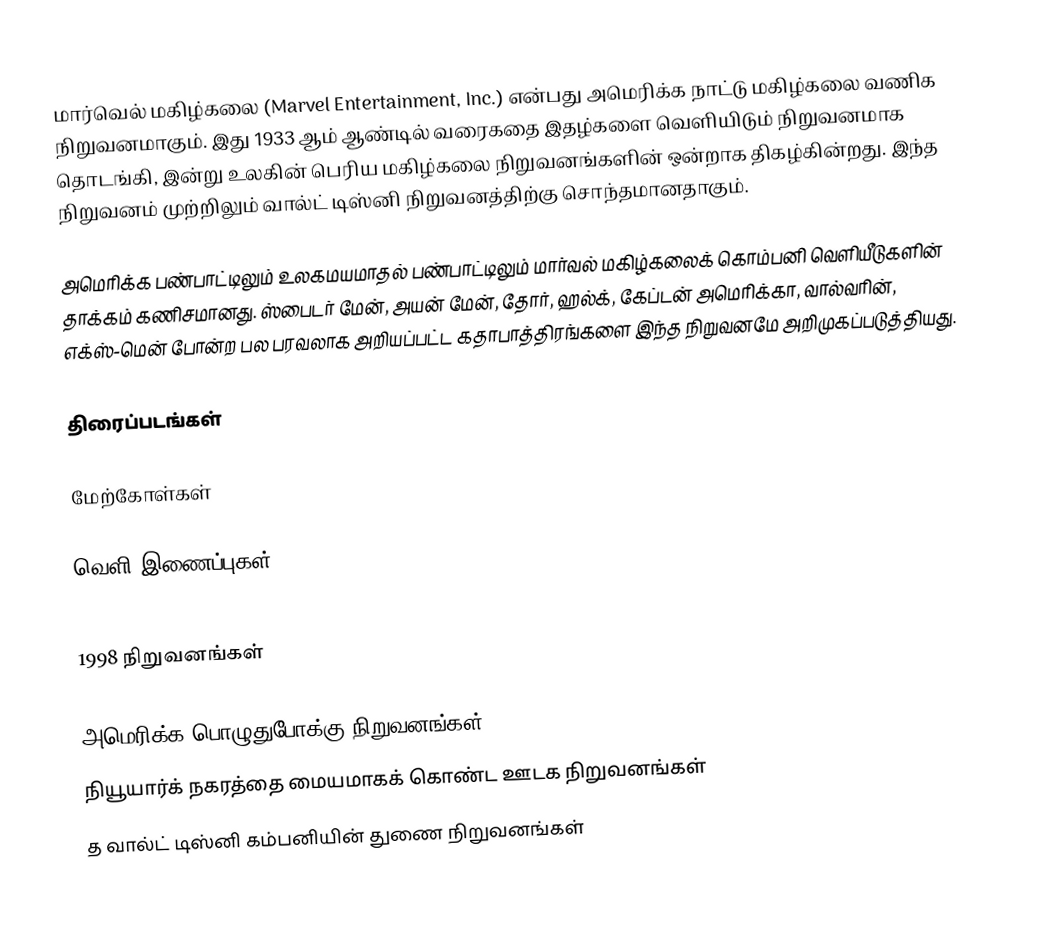
மார்வெல் மகிழ்கலை (Marvel Entertainment, Inc.) என்பது அமெரிக்க நாட்டு மகிழ்கலை வணிக நிறுவனமாகும். இது 1933 ஆம் ஆண்டில் வரைகதை இதழ்களை வெளியிடும் நிறுவனமாக தொடங்கி, இன்று உலகின் பெரிய மகிழ்கலை நிறுவனங்களின் ஒன்றாக திகழ்கின்றது. இந்த நிறுவனம் முற்றிலும் வால்ட் டிஸ்னி நிறுவனத்திற்கு சொந்தமானதாகும்.

அமெரிக்க பண்பாட்டிலும் உலகமயமாதல் பண்பாட்டிலும் மார்வல் மகிழ்கலைக் கொம்பனி வெளியீடுகளின் தாக்கம் கணிசமானது. ஸ்பைடர் மேன்,  அயன் மேன், தோர், ஹல்க், கேப்டன் அமெரிக்கா, வால்வரின், எக்ஸ்-மென் போன்ற பல பரவலாக அறியப்பட்ட கதாபாத்திரங்களை இந்த நிறுவனமே அறிமுகப்படுத்தியது.

திரைப்படங்கள்

மேற்கோள்கள்

வெளி இணைப்புகள்

1998 நிறுவனங்கள்

அமெரிக்க பொழுதுபோக்கு நிறுவனங்கள்
நியூயார்க் நகரத்தை மையமாகக் கொண்ட ஊடக நிறுவனங்கள்
த வால்ட் டிஸ்னி கம்பனியின் துணை நிறுவனங்கள்